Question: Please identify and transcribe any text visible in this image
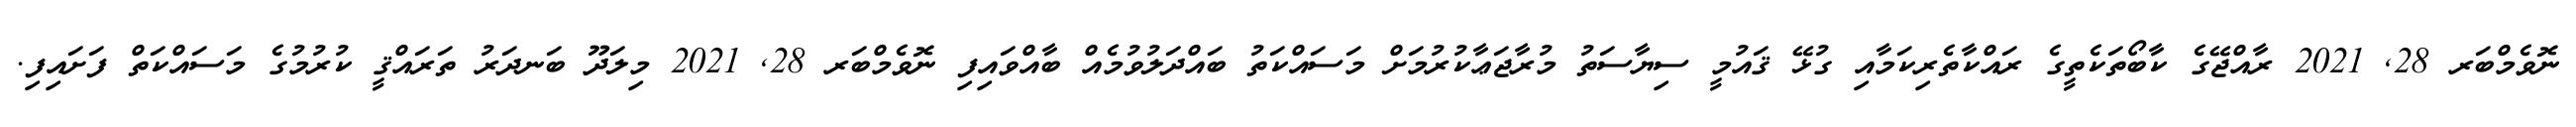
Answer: ނޮވެމްބަރ 28, 2021 ރާއްޖޭގެ ކާބޯތަކެތީގެ ރައްކާތެރިކަމާއި ގުޅޭ ޤައުމީ ސިޔާސަތު މުރާޖަޢާކުރުމަށް މަސައްކަތު ބައްދަލުވުމެއް ބާއްވައިފި ނޮވެމްބަރ 28, 2021 މިލަދޫ ބަނދަރު ތަރައްޤީ ކުރުމުގެ މަސައްކަތް ފަށައިފި.